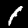
Digit: 1